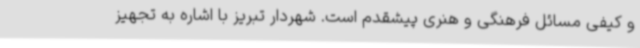
و کیفی مسائل فرهنگی و هنری پیشقدم است. شهردار تبریز با اشاره به تجهیز